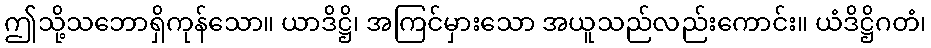
ဤသို့သဘောရှိကုန်သော။ ယာဒိဋ္ဌိ၊ အကြင်မှားသော အယူသည်လည်းကောင်း။ ယံဒိဋ္ဌိဂတံ၊